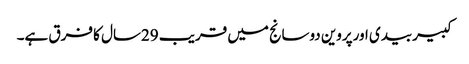
کبیربیدی اورپروین دوسانج میں قریب 29سال کا فرق ہے۔